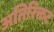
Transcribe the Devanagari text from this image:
अतिरिक्तट